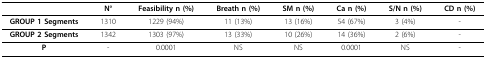
|  | N° | Feasibility n (%) | Breath n (%) | SM n (%) | Ca n (%) | S/N n (%) | CD n (%) |
 | --- | --- | --- | --- | --- | --- | --- | --- |
 | GROUP 1 Segments | 1310 | 1229 (94%) | 11 (13%) | 13 (16%) | 54 (67%) | 3 (4%) | - |
 | GROUP 2 Segments | 1342 | 1303 (97%) | 13 (33%) | 10 (26%) | 14 (36%) | 2 (6%) | - |
 | P | - | 0.0001 | NS | NS | 0.0001 | NS | - |